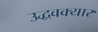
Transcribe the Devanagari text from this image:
उद्धवक्यार